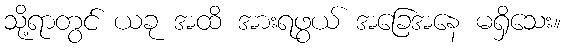
သို့ရာတွင် ယခု အထိ အားရဖွယ် အခြေအနေ မရှိသေး။